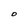
Character: D